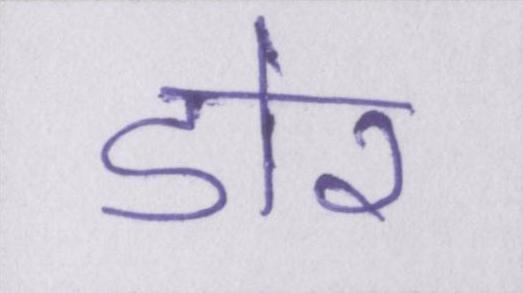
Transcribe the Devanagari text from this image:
डोर